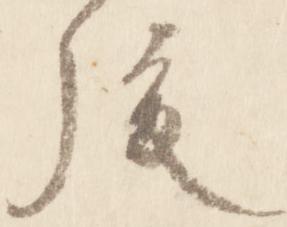
後